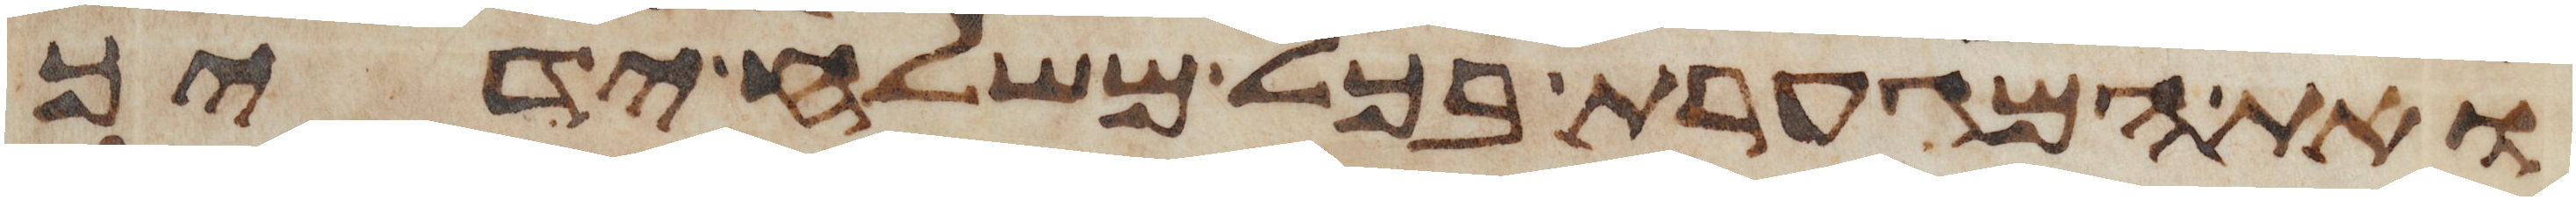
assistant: ואת המגערת בכל משלח ידיך